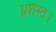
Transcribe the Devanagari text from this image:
प्रशस्त।